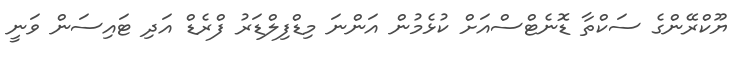
ޔޫކްރޭންގެ ސަކްތާ ޑޮނެޓްސްއަށް ކުޅެމުން އަންނަ މިޑްފިލްޑަރު ފްރެޑް އަދި ޓައިސަން ވަނީ